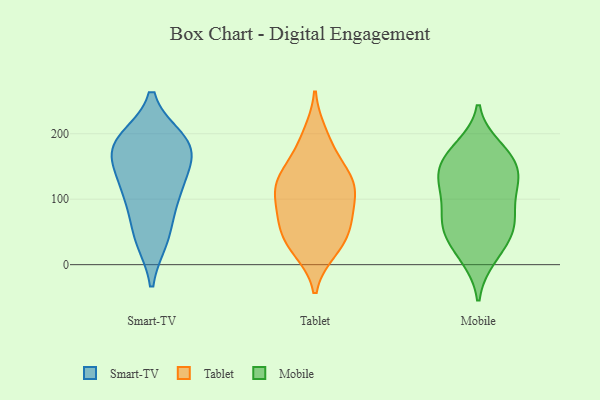
{"axis": {"x": "Waste Production (Tons)", "y": "Value"}, "legend": ["Mobile", "Smart-TV", "Tablet"], "data": [{"x": "", "y": 169, "type": "Smart-TV"}, {"x": "", "y": 178, "type": "Smart-TV"}, {"x": "", "y": 181, "type": "Smart-TV"}, {"x": "", "y": 189, "type": "Smart-TV"}, {"x": "", "y": 46, "type": "Smart-TV"}, {"x": "", "y": 41, "type": "Smart-TV"}, {"x": "", "y": 179, "type": "Smart-TV"}, {"x": "", "y": 104, "type": "Smart-TV"}, {"x": "", "y": 115, "type": "Smart-TV"}, {"x": "", "y": 121, "type": "Smart-TV"}, {"x": "", "y": 22, "type": "Tablet"}, {"x": "", "y": 99, "type": "Tablet"}, {"x": "", "y": 47, "type": "Tablet"}, {"x": "", "y": 39, "type": "Tablet"}, {"x": "", "y": 199, "type": "Tablet"}, {"x": "", "y": 184, "type": "Tablet"}, {"x": "", "y": 68, "type": "Tablet"}, {"x": "", "y": 66, "type": "Tablet"}, {"x": "", "y": 130, "type": "Tablet"}, {"x": "", "y": 113, "type": "Tablet"}, {"x": "", "y": 24, "type": "Tablet"}, {"x": "", "y": 126, "type": "Tablet"}, {"x": "", "y": 138, "type": "Tablet"}, {"x": "", "y": 78, "type": "Tablet"}, {"x": "", "y": 113, "type": "Tablet"}, {"x": "", "y": 145, "type": "Tablet"}, {"x": "", "y": 156, "type": "Mobile"}, {"x": "", "y": 121, "type": "Mobile"}, {"x": "", "y": 141, "type": "Mobile"}, {"x": "", "y": 57, "type": "Mobile"}, {"x": "", "y": 110, "type": "Mobile"}, {"x": "", "y": 179, "type": "Mobile"}, {"x": "", "y": 10, "type": "Mobile"}, {"x": "", "y": 41, "type": "Mobile"}, {"x": "", "y": 107, "type": "Mobile"}, {"x": "", "y": 135, "type": "Mobile"}, {"x": "", "y": 80, "type": "Mobile"}, {"x": "", "y": 172, "type": "Mobile"}, {"x": "", "y": 138, "type": "Mobile"}, {"x": "", "y": 14, "type": "Mobile"}, {"x": "", "y": 168, "type": "Mobile"}, {"x": "", "y": 63, "type": "Mobile"}, {"x": "", "y": 63, "type": "Mobile"}, {"x": "", "y": 54, "type": "Mobile"}]}